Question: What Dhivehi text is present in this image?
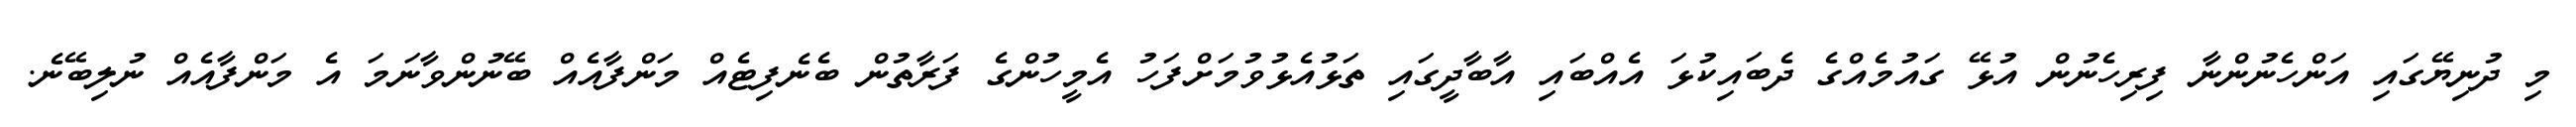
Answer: މި ދުނިޔޭގައި އަންހެނުންނާ ފިރިހެނުން އުޅޭ ގައުމެއްގެ ދެބައިކުޅަ އެއްބައި އާބާދީގައި ތަޅުއެޅުވުމަށްފަހު އެމީހުންގެ ފަރާތުން ބެނެފިޓެއް މަންފާއެއް ބޭނުންވާނަމަ އެ މަންފާއެއް ނުލިބޭނެ.